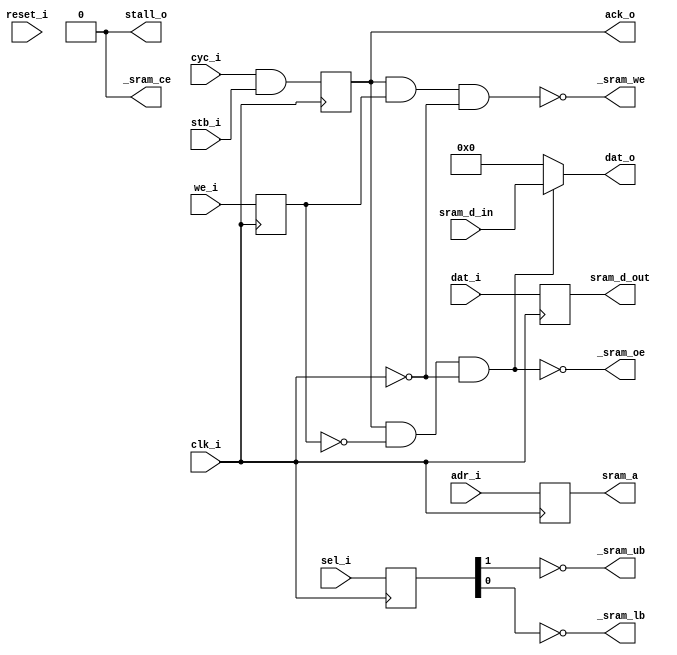
module ramcon_1(
	input		clk_i,
	input		reset_i,
	input		cyc_i,
	input		stb_i,
	input		we_i,
	input	[1:0]	sel_i,
	input	[19:1]	adr_i,
	input	[15:0]	dat_i,
	output		ack_o,
	output	[15:0]	dat_o,
	output		stall_o,
	output		_sram_ce,
	output		_sram_we,
	output		_sram_oe,
	output		_sram_ub,
	output		_sram_lb,
	output	[19:1]	sram_a,
	output	[15:0]	sram_d_out,
	input	[15:0]	sram_d_in
);
	reg		transfer;
	reg	[1:0]	selects;
	reg		write;
	reg	[15:0]	data_in;
	reg	[19:1]	address;
	assign		ack_o = transfer;
	wire		sram_we = transfer & write & ~clk_i;
	wire		sram_oe = transfer & ~write & ~clk_i;
	assign		_sram_ce = 0;
	assign		_sram_we = ~sram_we;
	assign		_sram_oe = ~sram_oe;
	assign		_sram_ub = ~selects[1];
	assign		_sram_lb = ~selects[0];
	assign		dat_o = sram_oe ? sram_d_in : 0;
	assign		sram_a = address;
	assign		sram_d_out = data_in;
	assign		stall_o = 0;
	always @(posedge clk_i) begin
		transfer <= cyc_i & stb_i;
		selects <= sel_i;
		write <= we_i;
		address <= adr_i;
		data_in <= dat_i;
	end
endmodule